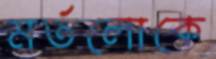
মর্তলোকে